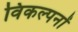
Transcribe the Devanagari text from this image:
विकल्पनों